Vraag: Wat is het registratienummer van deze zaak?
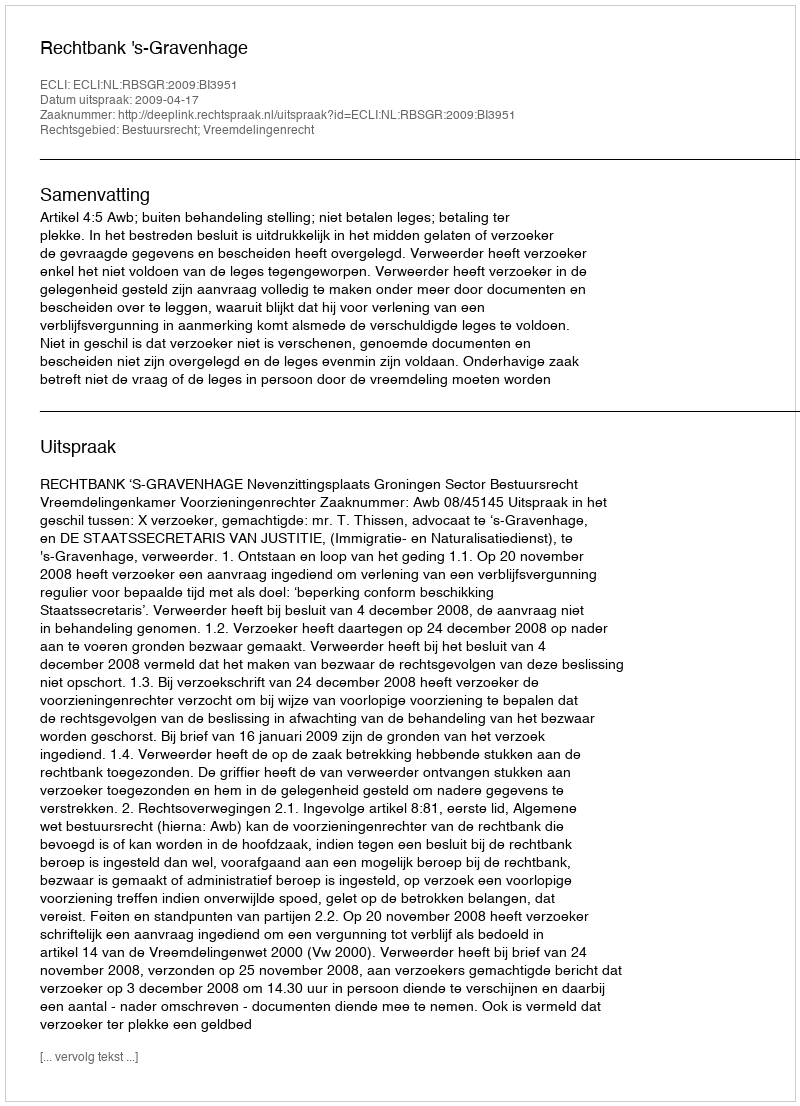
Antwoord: http://deeplink.rechtspraak.nl/uitspraak?id=ECLI:NL:RBSGR:2009:BI3951